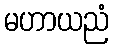
မဟာယညံ